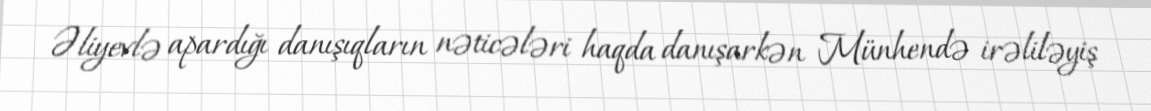
Əliyevlə apardığı danışıqların nəticələri haqda danışarkən Münhendə irəliləyiş